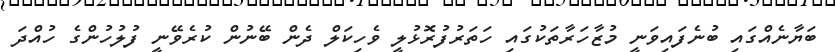
ބަޔާނެއްގައި ބުނެފައިވަނީ މުޒާހަރާތަކުގައި ހަތަރުފުރޮޅުލީ ވެހިކަލް ދެން ބޭނުން ކުރެވޭނީ ފުލުހުންގެ ހުއްދަ